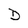
Character: D